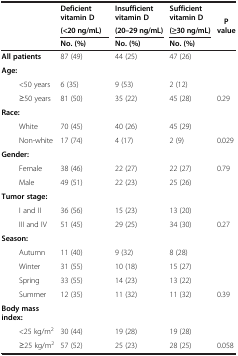
<table><thead><tr><td rowspan="3"><b> </b></td><td><b>Deficient vitamin D</b></td><td><b>Insufficient vitamin D</b></td><td><b>Sufficient vitamin D</b></td><td rowspan="3"><b>P value</b></td></tr><tr><td><b>(&lt;20 ng/mL)</b></td><td><b>(20–29 ng/mL)</b></td><td><b>(≥30 ng/mL)</b></td></tr><tr><td><b>No. (%)</b></td><td><b>No. (%)</b></td><td><b>No. (%)</b></td></tr></thead><tbody><tr><td><b>All patients</b></td><td>87 (49)</td><td>44 (25)</td><td>47 (26)</td><td> </td></tr><tr><td><b>Age:</b></td><td> </td><td> </td><td> </td><td> </td></tr><tr><td>&lt;50 years</td><td>6 (35)</td><td>9 (53)</td><td>2 (12)</td><td> </td></tr><tr><td>≥50 years</td><td>81 (50)</td><td>35 (22)</td><td>45 (28)</td><td>0.29</td></tr><tr><td><b>Race:</b></td><td> </td><td> </td><td> </td><td> </td></tr><tr><td>White</td><td>70 (45)</td><td>40 (26)</td><td>45 (29)</td><td> </td></tr><tr><td>Non-white</td><td>17 (74)</td><td>4 (17)</td><td>2 (9)</td><td>0.029</td></tr><tr><td><b>Gender:</b></td><td> </td><td> </td><td> </td><td> </td></tr><tr><td>Female</td><td>38 (46)</td><td>22 (27)</td><td>22 (27)</td><td rowspan="2">0.79</td></tr><tr><td>Male</td><td>49 (51)</td><td>22 (23)</td><td>25 (26)</td></tr><tr><td><b>Tumor stage:</b></td><td> </td><td> </td><td> </td><td> </td></tr><tr><td>I and II</td><td>36 (56)</td><td>15 (23)</td><td>13 (20)</td><td> </td></tr><tr><td>III and IV</td><td>51 (45)</td><td>29 (25)</td><td>34 (30)</td><td>0.27</td></tr><tr><td><b>Season:</b></td><td> </td><td> </td><td> </td><td> </td></tr><tr><td>Autumn</td><td>11 (40)</td><td>9 (32)</td><td>8 (28)</td><td> </td></tr><tr><td>Winter</td><td>31 (55)</td><td>10 (18)</td><td>15 (27)</td><td> </td></tr><tr><td>Spring</td><td>33 (55)</td><td>14 (23)</td><td>13 (22)</td><td> </td></tr><tr><td>Summer</td><td>12 (35)</td><td>11 (32)</td><td>11 (32)</td><td>0.39</td></tr><tr><td><b>Body mass index:</b></td><td> </td><td> </td><td> </td><td> </td></tr><tr><td>&lt;25 kg/m<sup>2</sup></td><td>30 (44)</td><td>19 (28)</td><td>19 (28)</td><td> </td></tr><tr><td>≥25 kg/m<sup>2</sup></td><td>57 (52)</td><td>25 (23)</td><td>28 (25)</td><td>0.058</td></tr></tbody></table>